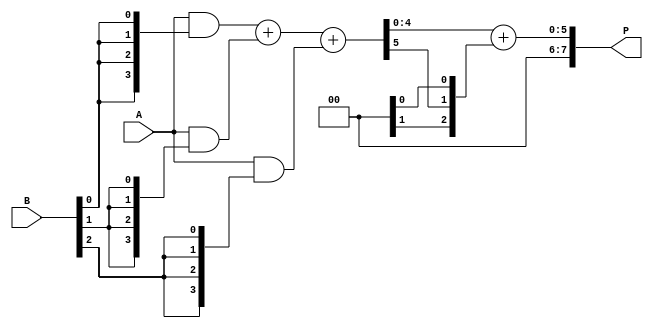
module wallace_tree_multiplier #(
    parameter N = 4 // Bit-width of A and B
)(
    input [N-1:0] A, 
    input [N-1:0] B, 
    output reg [2*N-1:0] P // Output product
);

    // Generate Partial Products
    wire [N-1:0] pp[N-1:0]; // Partial products
    generate
        genvar i;
        for (i = 0; i < N; i = i + 1) begin: gen_pp
            assign pp[i] = A & {N{B[i]}};
        end
    endgenerate

    // Wallace Tree Reduction
    wire [N:0] sums[N-1:0]; // Sums
    wire [N:0] carries[N-1:0]; // Carries

    // Level 1 Reduction (3-2 Reduction)
    generate
        genvar j, k;
        for (j = 0; j < N; j = j + 1) begin: level1
            if (j % 3 == 0) begin
                // Use half adders or full adders depending on the bits available
                if (j + 2 < N) begin
                    assign {carries[j/3][1], sums[j/3]} = pp[j] + pp[j+1] + pp[j+2];
                end
                else if (j + 1 < N) begin
                    assign {carries[j/3][0], sums[j/3]} = pp[j] + pp[j+1];
                    assign carries[j/3][1] = 1'b0; // No carry for unused bits
                end
                else begin
                    assign sums[j/3] = pp[j];
                    assign carries[j/3][0] = 1'b0; // No carry for unused bits
                    assign carries[j/3][1] = 1'b0; // No carry for unused bits
                end
            end
        end
    endgenerate

    // Level 2 Reduction
    // Repeat the process until we reduce to a final sum
    wire [N:0] final_sum, final_carry;
    assign final_sum = sums[0];
    assign final_carry = carries[0];

    // Final Addition to produce the product
    always @(*) begin
        // Assuming one more level of reduction
        P = final_sum + final_carry;
    end

endmodule